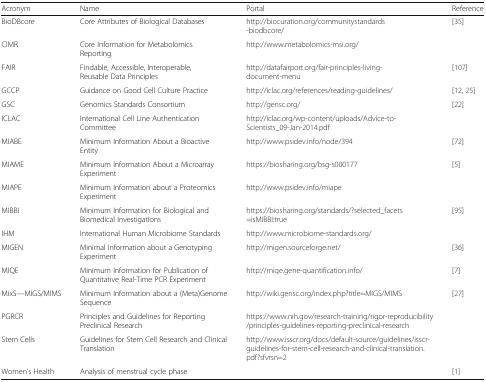
| Acronym | Name | Portal | Reference |
 | --- | --- | --- | --- |
 | BioDBcore | Core Attributes of Biological Databases | http://biocuration.org/communitystandards-biodbcore/ | [35] |
 | CIMR | Core Information for Metabolomics Reporting | http://www.metabolomics-msi.org/ |  |
 | FAIR | Findable, Accessible, Interoperable, Reusable Data Principles | http://datafairport.org/fair-principles-living-document-menu | [107] |
 | GCCP | Guidance on Good Cell Culture Practice | http://iclac.org/references/reading-guidelines/ | [12, 25] |
 | GSC | Genomics Standards Consortium | http://gensc.org/ | [22] |
 | ICLAC | International Cell Line Authentication Committee | http://iclac.org/wp-content/uploads/Advice-to-Scientists_09-Jan-2014.pdf |  |
 | MIABE | Minimum Information About a Bioactive Entity | http://www.psidev.info/node/394 | [72] |
 | MIAME | Minimum Information About a Microarray Experiment | https://biosharing.org/bsg-s000177 | [5] |
 | MIAPE | Minimum Information about a Proteomics Experiment | http://www.psidev.info/miape |  |
 | MIBBI | Minimum Information for Biological and Biomedical Investigations | https://biosharing.org/standards/?selected_facets=isMIBBI:true | [95] |
 | IHM | International Human Microbiome Standards | http://www.microbiome-standards.org/ |  |
 | MIGEN | Minimal Information about a Genotyping Experiment | http://migen.sourceforge.net/ | [36] |
 | MIQE | Minimum Information for Publication of Quantitative Real-Time PCR Experiment | http://miqe.gene-quantification.info/ | [7] |
 | MixS—MIGS/MIMS | Minimum Information about a (Meta)Genome Sequence | http://wiki.gensc.org/index.php?title=MIGS/MIMS | [27] |
 | PGRCR | Principles and Guidelines for Reporting Preclinical Research | https://www.nih.gov/research-training/rigor-reproducibility/principles-guidelines-reporting-preclinical-research |  |
 | Stem Cells | Guidelines for Stem Cell Research and Clinical Translation | http://www.isscr.org/docs/default-source/guidelines/isscr-guidelines-for-stem-cell-research-and-clinical-translation.pdf?sfvrsn=2 |  |
 | Women’s Health | Analysis of menstrual cycle phase |  | [1] |